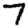
Digit: 7